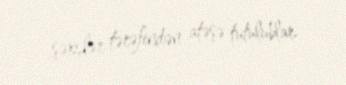
şəxslər tərəfindən atəşə tutulublar.